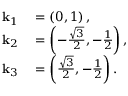
\begin{array} { r l } { \mathbf { k } _ { 1 } } & { { } = \left( 0 , 1 \right) , \, } \\ { \mathbf { k } _ { 2 } } & { { } = \left( - \frac { \sqrt { 3 } } { 2 } , - \frac { 1 } { 2 } \right) , \, } \\ { \mathbf { k } _ { 3 } } & { { } = \left( \frac { \sqrt { 3 } } { 2 } , - \frac { 1 } { 2 } \right) . } \end{array}